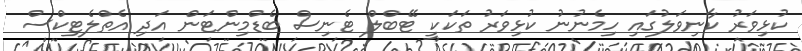
ކުޅިވަރު ކާނިވަލުގައި ހިމެނުނު ކުޅިވަރު ތަކަކީ ޓޭބްލް ޓެނިސް ބެޑްމިންޓަން އަދި އެތްލެޓިކްސް